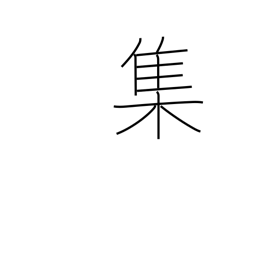
Meaning: swarm